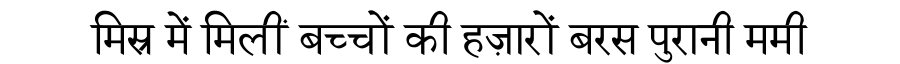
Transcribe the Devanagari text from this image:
मिस्र में मिलीं बच्चों की हज़ारों बरस पुरानी ममी